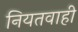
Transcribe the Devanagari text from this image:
नियतवाही